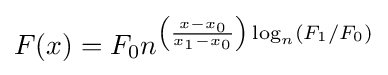
F(x)={F_{0}}n^{\left({\frac {x-x_{0}}{x_{1}-x_{0}}}\right)\log _{n}(F_{1}/F_{0})}